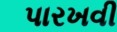
પારખવી